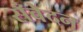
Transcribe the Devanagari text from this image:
सँवेदन